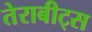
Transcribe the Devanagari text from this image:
तेराबीट्स